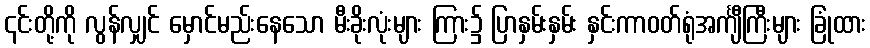
၎င်းတို့ကို လွန်လျှင် မှောင်မည်းနေသော မီးခိုးလုံးများ ကြား၌ ပြာနှမ်းနှမ်း နှင်းကာဝတ်ရုံအင်္ကျီကြီးများ ခြုံထား